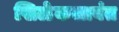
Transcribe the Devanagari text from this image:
खिळेकलावंत